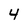
Character: 4